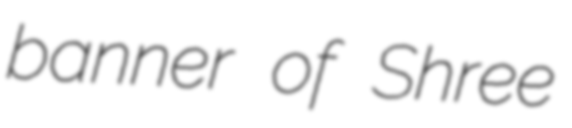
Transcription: banner of Shree